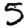
Digit: 5